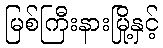
မြစ်ကြီးနားမြို့နှင့်